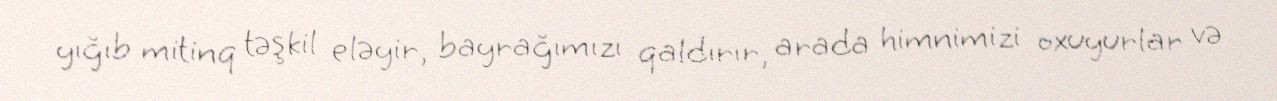
yığıb mitinq təşkil eləyir, bayrağımızı qaldırır, arada himnimizi oxuyurlar və